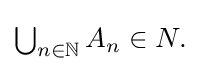
{\textstyle \bigcup _{n\in \mathbb {N} }A_{n}\in N.}